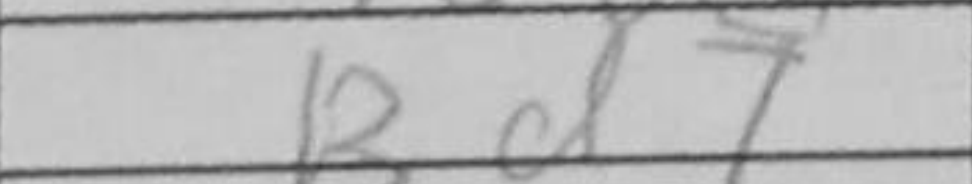
Transcription: Bd7